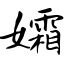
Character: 孀